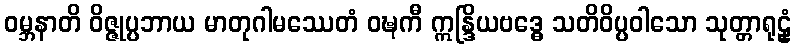
ဝမ္ဘနာတိ ဝိဇ္ဇုပ္ပဘာယ မာတုဂါမဿေတံ ဝဍ္ဎကီ ဣန္ဒြိယဗဒ္ဓေ သတိဝိပ္ပဝါသော သုတ္တာရုဠှံ